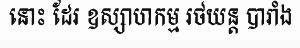
នោះ ដែរ ឧស្សាហកម្ម រថយន្ត បារាំង